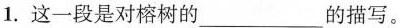
1.这一段是对榕树的___的描写。